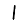
Digit: 1